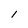
Character: l